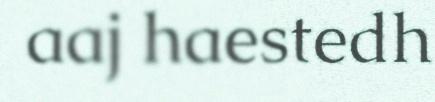
aaj haestedh